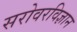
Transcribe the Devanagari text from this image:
सरोवरविज्ञान